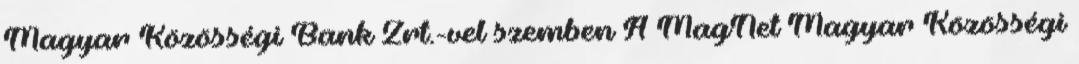
Magyar Közösségi Bank Zrt.-vel szemben A MagNet Magyar Közösségi